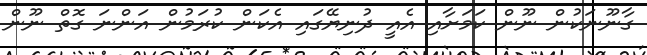
ގާނޫނަކުން ނޫން ކަމަށާއި އެއީ ދުނިޔޭގައި އެކަން ކުރަމުން އަންނަ ގޮތް ނޫން